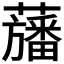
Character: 𮒳